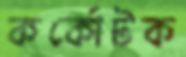
কর্কোটক